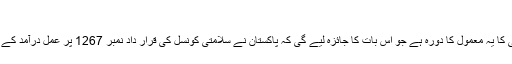
جولائی 2016
ترجمان دفتر خارجہ کا کہنا تھا کہ اقوام متحدہ کی کمیٹی کا یہ معمول کا دورہ ہے جو اس بات کا جائزہ لیے گی کہ پاکستان نے سلامتی کونسل کی قرار داد نمبر 1267 پر عمل درآمد کے حوالے سے اپنی ذمہ داریاں کس حد تک پوری کی ہیں۔